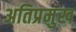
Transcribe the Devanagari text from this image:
अतिप्रमुख